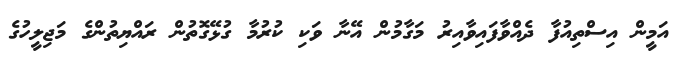
އަމީން އިސްތިއުފާ ދެއްވާފައިވާއިރު މަގާމުން އޭނާ ވަކި ކުރުމާ ގުޅޭގޮތުން ރައްޔިތުންގެ މަޖިލީހުގެ